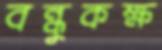
বন্ধুকক্ষ